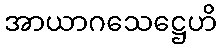
အာယာဂသေဋ္ဌေဟိ